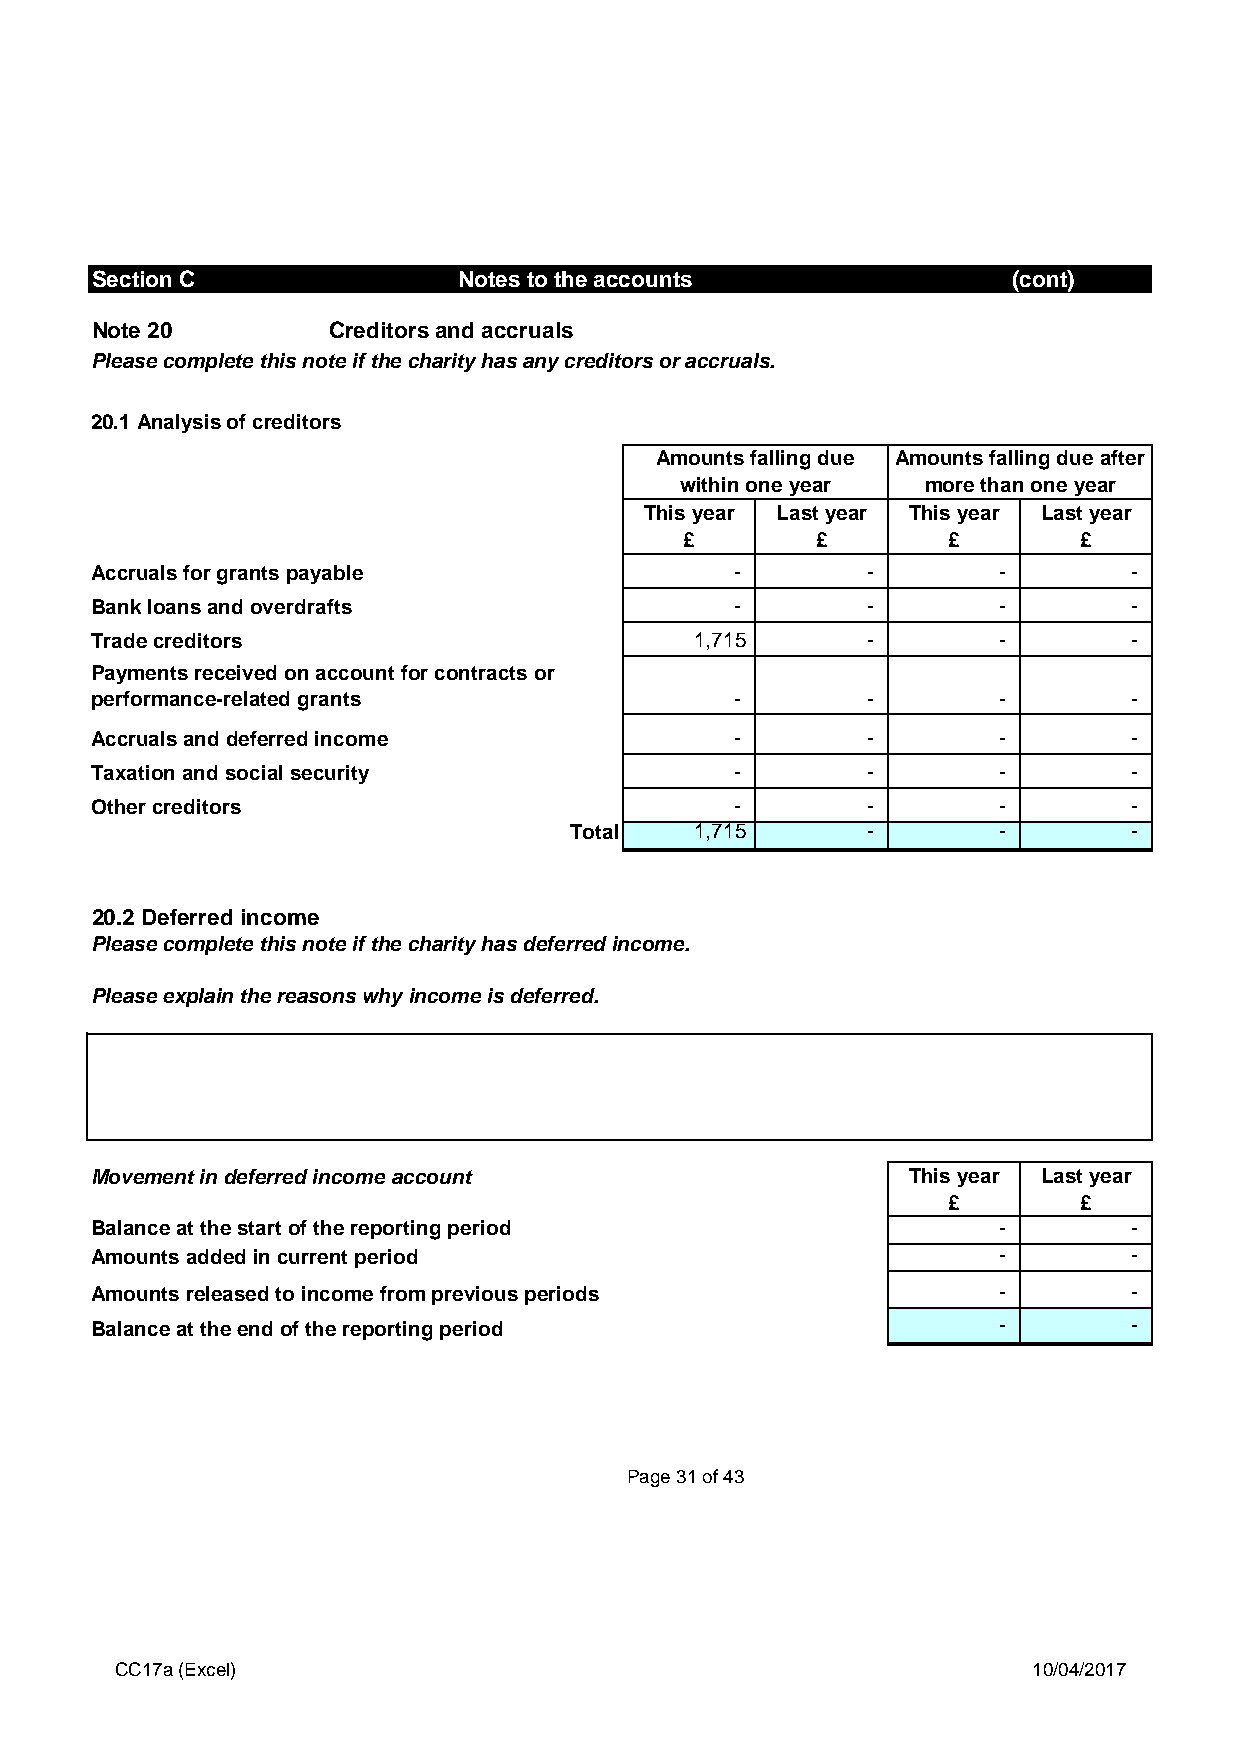
Section C               Notes to the accounts                (cont)
 Note 20         Creditors and accruals
 Please complete this note if the charity has any creditors or accruals.
 20.1 Analysis of creditors
 Amounts falling due Amounts falling due after
 within one year more than one year
 This year Last year This year Last year
 £        £        £       £
 Accruals for grants payable                -       -        -        -
 Bank loans and overdrafts                  -       -        -        -
 Trade creditors                         1,715      -        -        -
 Payments received on account for contracts or
 performance-related grants                 -       -        -        -
 Accruals and deferred income               -       -        -        -
 Taxation and social security               -       -        -        -
 Other creditors                            -       -        -        -
 Total   1,715      -        -        -
 20.2 Deferred income
 Please complete this note if the charity has deferred income.
 Please explain the reasons why income is deferred.
 Movement in deferred income account                   This year Last year
 £       £
 Balance at the start of the reporting period                -        -
 Amounts added in current period                             -        -
 Amounts released to income from previous periods            -        -
 Balance at the end of the reporting period                  -        -
 Page 31 of 43
 CC17a (Excel)                                               10/04/2017